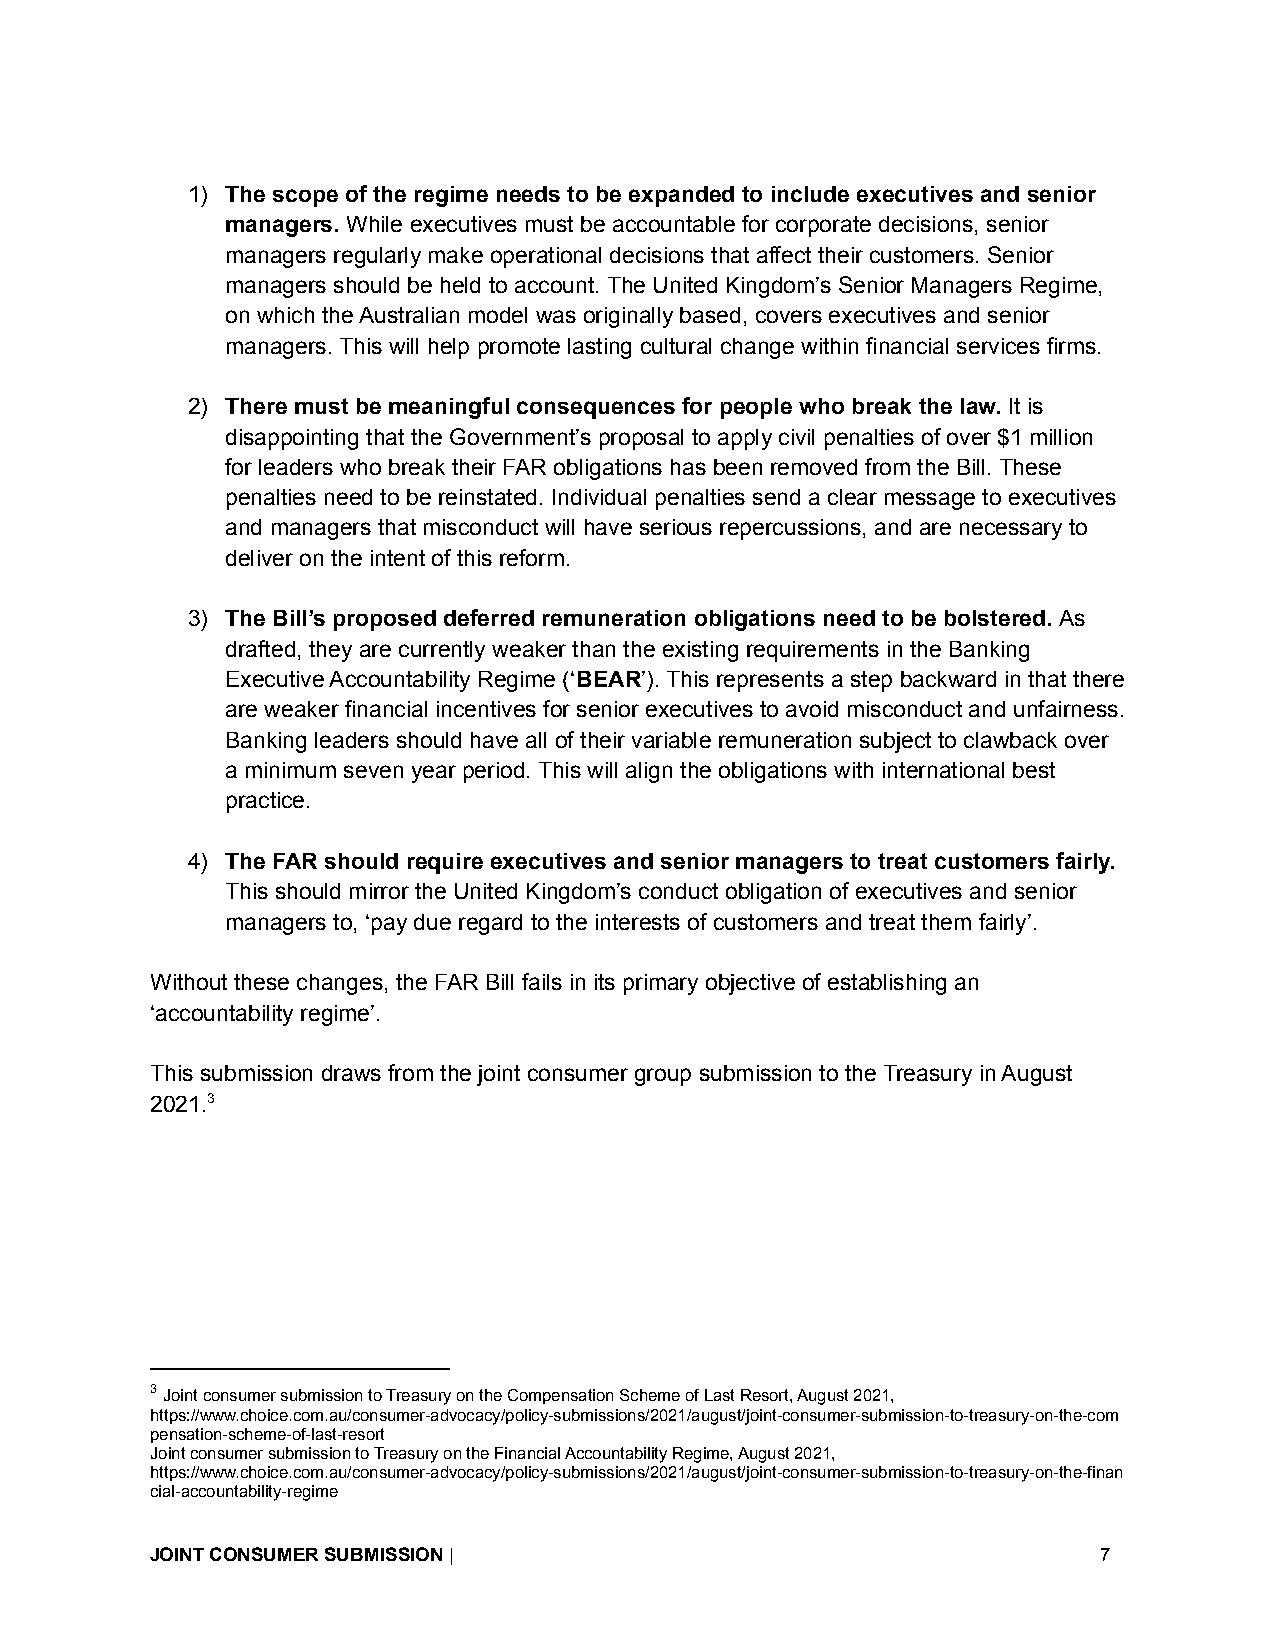
1) The scope of the regime needs to be expanded to include executives and senior
 managers. While executives must be accountable for corporate decisions, senior
 managers regularly make operational decisions that affect their customers. Senior
 managers should be held to account. The United Kingdom’s Senior Managers Regime,
 on which the Australian model was originally based, covers executives and senior
 managers. This will help promote lasting cultural change within financial services firms.
 2) There must be meaningful consequences for people who break the law. It is
 disappointing that the Government’s proposal to apply civil penalties of over $1 million
 for leaders who break their FAR obligations has been removed from the Bill. These
 penalties need to be reinstated. Individual penalties send a clear message to executives
 and managers that misconduct will have serious repercussions, and are necessary to
 deliver on the intent of this reform.
 3) The Bill’s proposed deferred remuneration obligations need to be bolstered. As
 drafted, they are currently weaker than the existing requirements in the Banking
 Executive Accountability Regime (‘BEAR’). This represents a step backward in that there
 are weaker financial incentives for senior executives to avoid misconduct and unfairness.
 Banking leaders should have all of their variable remuneration subject to clawback over
 a minimum seven year period. This will align the obligations with international best
 practice.
 4) The FAR should require executives and senior managers to treat customers fairly.
 This should mirror the United Kingdom’s conduct obligation of executives and senior
 managers to, ‘pay due regard to the interests of customers and treat them fairly’.
 Without these changes, the FAR Bill fails in its primary objective of establishing an
 ‘accountability regime’.
 This submission draws from the joint consumer group submission to the Treasury in August
 2021.3
 3Joint consumer submission to Treasury on the CompensationScheme of Last Resort, August 2021,
 https://www.choice.com.au/consumer-advocacy/policy-submissions/2021/august/joint-consumer-submission-to-treasury-on-the-com
 pensation-scheme-of-last-resort
 Joint consumer submission to Treasury on the Financial Accountability Regime, August 2021,
 https://www.choice.com.au/consumer-advocacy/policy-submissions/2021/august/joint-consumer-submission-to-treasury-on-the-finan
 cial-accountability-regime
 JOINT CONSUMER SUBMISSION|                                     7